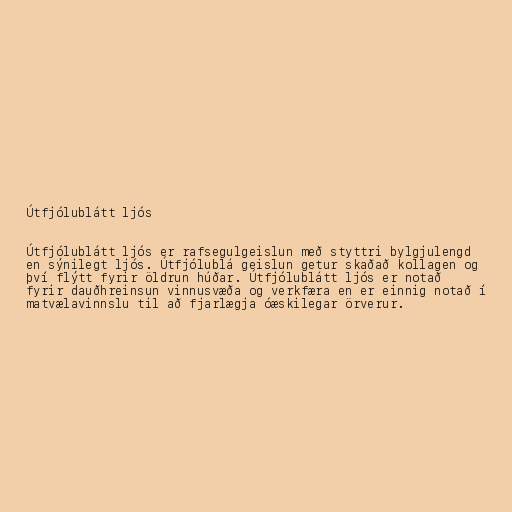
Útfjólublátt ljós

Útfjólublátt ljós er rafsegulgeislun með styttri bylgjulengd
en sýnilegt ljós. Útfjólublá geislun getur skaðað kollagen og
því flýtt fyrir öldrun húðar. Útfjólublátt ljós er notað
fyrir dauðhreinsun vinnusvæða og verkfæra en er einnig notað í
matvælavinnslu til að fjarlægja óæskilegar örverur.